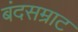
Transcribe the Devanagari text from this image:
बंदसम्राट